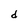
Character: d